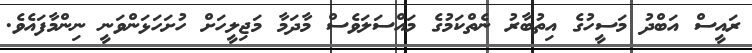
ރައީސް އަބްދު މަސީހުގެ އިތުބާރު ނެތްކަމުގެ މައްސަލަވެސް މާދަމާ މަޖިލީހަށް ހުށަހަޅަންވަނީ ނިންމާފައެވެ.